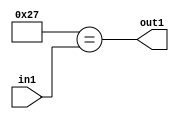
`timescale 1ps / 1ps
/*****************************************************************************
    Verilog RTL Description
    
    
    Created by: Stratus DpOpt 21.05.01 
*******************************************************************************/

module dut_Equal_1U_52_4 (
	in1,
	out1
	); /* architecture "behavioural" */ 
input [5:0] in1;
output  out1;
wire  asc001;

assign asc001 = (11'B00000100111==in1);

assign out1 = asc001;
endmodule

/* CADENCE  urb4Tgw= : u9/ySxbfrwZIxEzHVQQV8Q== ** DO NOT EDIT THIS LINE ******/